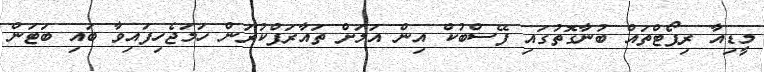
މީޑިއާ ރިޕޯޓްތައް ބުނާގޮތުގައި ފޭސްބުކް އިން އަލަށް ތައާރަފްކުރަން ހަމަޖެހިފައިވާ ބައި ބަޓަން